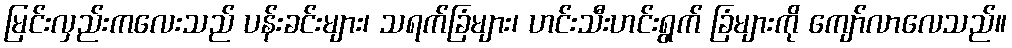
မြင်းလှည်းကလေးသည် ပန်းခင်းများ၊ သရက်ခြံများ၊ ဟင်းသီးဟင်းရွက် ခြံများကို ကျော်လာလေသည်။